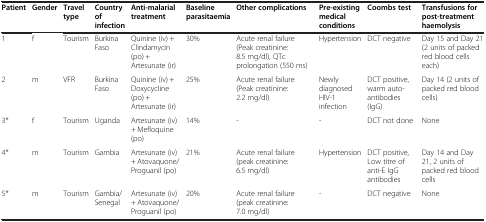
<table><thead><tr><td><b>Patient</b></td><td><b>Gender</b></td><td><b>Travel type</b></td><td><b>Country of infection</b></td><td><b>Anti-malarial treatment</b></td><td><b>Baseline parasitaemia</b></td><td><b>Other complications</b></td><td><b>Pre-existing medical conditions</b></td><td><b>Coombs test</b></td><td><b>Transfusions for post-treatment haemolysis</b></td></tr></thead><tbody><tr><td>1</td><td>f</td><td>Tourism</td><td>Burkina Faso</td><td>Quinine (iv) + Clindamycin (po) + Artesunate (ir)</td><td>30%</td><td>Acute renal failure (Peak creatinine: 8.5 mg/dl), QTc prolongation (550 ms)</td><td>Hypertension</td><td>DCT negative</td><td>Day 15 and Day 21 (2 units of packed red blood cells each)</td></tr><tr><td>2</td><td>m</td><td>VFR</td><td>Burkina Faso</td><td>Quinine (iv) + Doxycycline (po) + Artesunate (ir)</td><td>25%</td><td>Acute renal failure (Peak creatinine: 2.2 mg/dl)</td><td>Newly diagnosed HIV-1 infection</td><td>DCT positive, warm auto-antibodies (IgG)</td><td>Day 14 (2 units of packed red blood cells)</td></tr><tr><td>3*</td><td>f</td><td>Tourism</td><td>Uganda</td><td>Artesunate (iv) + Mefloquine (po)</td><td>14%</td><td>-</td><td>-</td><td>DCT not done</td><td>None</td></tr><tr><td>4*</td><td>m</td><td>Tourism</td><td>Gambia</td><td>Artesunate (iv) + Atovaquone/ Proguanil (po)</td><td>21%</td><td>Acute renal failure (peak creatinine: 6.5 mg/dl)</td><td>Hypertension</td><td>DCT positive, Low titre of anti-E IgG antibodies</td><td>Day 14 and Day 21, 2 units of packed red blood cells</td></tr><tr><td>5*</td><td>m</td><td>Tourism</td><td>Gambia/ Senegal</td><td>Artesunate (iv) + Atovaquone/ Proguanil (po)</td><td>20%</td><td>Acute renal failure (peak creatinine: 7.0 mg/dl)</td><td>-</td><td>DCT negative</td><td>None</td></tr></tbody></table>